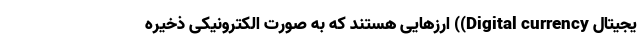
یجیتال Digital currency)) ارزهایی هستند که به صورت الکترونیکی ذخیره